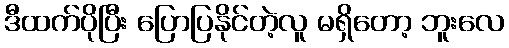
ဒီထက်ပိုပြီး ပြောပြနိုင်တဲ့လူ မရှိတော့ ဘူးလေ